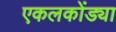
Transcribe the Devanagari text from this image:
एकलकोंड्या